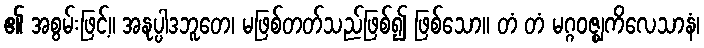
၏ အစွမ်းဖြင့်။ အနုပ္ပါဒဘူတေ၊ မဖြစ်တတ်သည်ဖြစ်၍ ဖြစ်သော။ တံ တံ မဂ္ဂဝဇ္ဈကိလေသာနံ၊